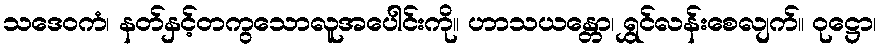
သဒေဝကံ၊ နတ်နှင့်တကွသောလူအပေါင်းကို။ ဟာသယန္တော၊ ရွှင်လန်းစေလျက်။ ဝုဋ္ဌော၊